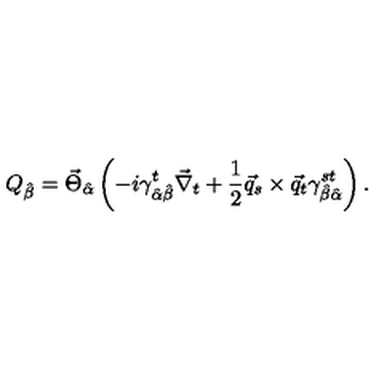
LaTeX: Q _ { \hat { \beta } } = \vec { \Theta } _ { \hat { \alpha } } \left( - i \gamma _ { \hat { \alpha } \hat { \beta } } ^ { t } \vec { \nabla } _ { t } + \frac { 1 } { 2 } \vec { q } _ { s } \times \vec { q } _ { t } \gamma _ { \hat { \beta } \hat { \alpha } } ^ { s t } \right) .